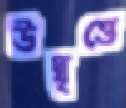
উদ্বৃত্তে